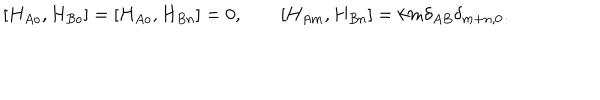
[ H _ { A o } , H _ { B o } ] = [ H _ { A o } , H _ { B n } ] = 0 , \qquad [ H _ { A m } , H _ { B n } ] = k m \delta _ { A B } \delta _ { m + n , 0 } .